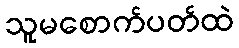
သူမစောက်ပတ်ထဲ